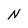
Character: N